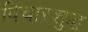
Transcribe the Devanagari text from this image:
विचारशुद्ध